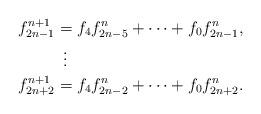
LaTeX: \begin{align*} f^{n+1}_{2n-1} & = f_4 f^n_{2n-5} + \cdots + f_0 f^n_{2n-1}, \\& \ \, \vdots \\ f^{n+1}_{2n+2} & = f_4 f^n_{2n-2} + \cdots + f_0 f^n_{2n+2}.\end{align*}